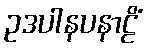
ဥဒပါနပနာဠိံ